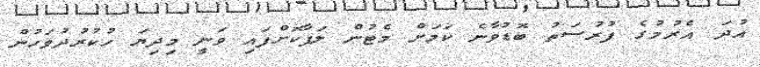
އުދަ އެރުމުގެ ފުރުސަތު ބޮޑުވާނެ ކަމަށް މެޓުން ލަފާކޮށްފައި ވަނީ މިދިޔަ ހުކުުރުދުވަހުން